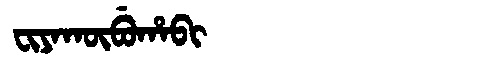
Manchu: ᠸᡳᠶᠠᡴᡡᠪᡠᡥᠠᠪᡳ
Romanization: FIYAKŪBUHABI